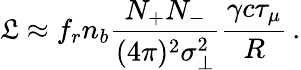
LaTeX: \mathfrak{L}\approx f_{r}n_{b}\frac{N_{+}N_{-}}{(4\pi)^{2}\sigma_{\perp}^{2}}\frac{\gamma c\tau_{\mu}}{R}\, .